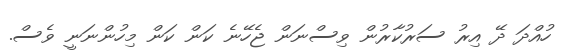
ހުއްދަ ދޭ އިރު ސަރުކާރުން ވިސްނަން ޖެހޭނެ ކަން ކަން މިހުންނަނީ ވެސް.